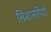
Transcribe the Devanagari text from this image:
मिशनरीयाँ